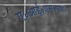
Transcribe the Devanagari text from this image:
ए॰आई॰एस॰एफ॰